Medical and sanitary report of the native army of Bengal for the year
Year: 1878
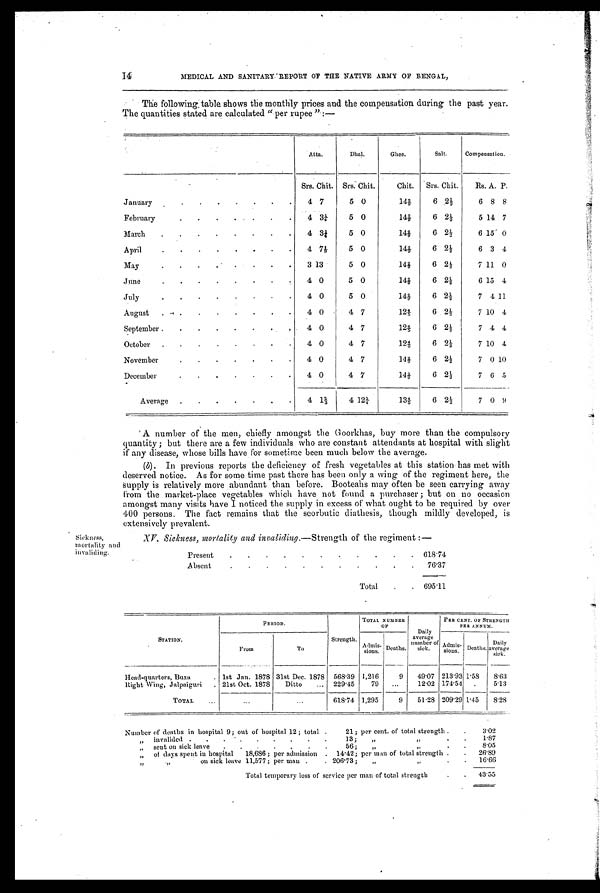
14 MEDICAL AND SANITARY REPORT OF THE NATIVE ARMY OF BENGAL,
The following table shows the monthly prices and the compensation during the past year.
The quantities stated are calculated " per rupee" :—
Atta.
Dhal.
Ghee.
Salt.
Compensation.
Srs. Chit. Srs. Chit.
Chit. Srs. Chit.
Rs. A. P.
January
.
. .
.
. .
.
4 7
5 0
142/ 9
6 2½
6 8 8
February
. .
. .
.
.
.
4 3¼
5 0
142/ 9
6 2½
5 14 7
March .
.
.
.
.
.
.
. 4 3¼
5 0
142/ 9
6 2½
6 15 0
April
.
.
.
.
. . .
. 4 71/9
5 0
142/ 9
6 2½
6 3 4
May.
. .
.
3 13
5 0
142/ 9
6 2½
7 11 0
June.
. .
.
.
. .
4 0
5 0
142/ 9
6 2½
6 15 4
July.
. . . . . .
4 0
5 0
142/ 9
6 2½
7 4 11
August . . .
.
. . . . .
4 0
4 7
124/ 5
6 2½
7 10 4
September .
.
.
.
. .
4 0
4 7
124/ 5
6 2½
7 4 4
October . .
.
. . . . .
4 0
4 7
124/ 5
6 2½
7 10 4
November
.
.
.
.
.
.
. 4 0
4 7
142/ 9
6 2½
7 0 10
December
.
.
.
.
.
.
. 4 0
4 7
142/ 9
6 2½
7 6 5
Average .
. .
.
.
. . 4 1⅔
4 12¼
134/ 5
6 2½
7 0 9
A number of the men, chiefly amongst the Goorkhas, buy more than the compulsory
quantity ; but there are a few individuals who are constant attendants at hospital with slight
if any disease, whose bills have for sometime been much below the average.
(b). In previous reports the deficiency of fresh vegetables at this station has met with
deserved notice. As for some time past there has been only a wing of the regiment here, the
supply is relatively more abundant than before. Booteahs may often be seen carrying away
from the market-place vegetables which have not found a purchaser ; but on no occasion
amongst many visits have I noticed the supply in excess of what ought to be required by over
400 persons. The fact remains that the scorbutic diathesis, though mildly developed, is
extensively prevalent.
Sickness,
mortality and
invaliding.
XV. Sickness, mortality and invaliding.— Strength of the regiment :—
Present
.
.
.
.
.
.
.
.
.
. 618.74
Absent
.
.
.
.
.
.
.
.
.
.
. 76.37
Total
.
. 695.11
STATION.
PERIOD.
Strength.
TOTAL NUMBER OF
Daily
average
number of
sick.
PER CENT. OF STRENGTH
PER ANNUM.
From
To
Admis-
sions. Deaths.
Admis-
sions. Deaths, Daily
average
sick.
Head-quarters, Buxa
. 1st Jan. 1878 31st Dec. 1878 568.39 1,216
9 49.07 213.93 1.58 8.63
Right Wing, Jalpaiguri . 21st Oct. 1878 Ditto ... 229.45 79 ...
12.02 174.54
5.13
TOTAL ...
...
...
618.74 1,295
9 51.28 209.29 1.45 8.28
Number of deaths in hospital 9; out of hospital 12; total .
21 ; per cent. of total strength . .
3.02
„
invalided . . .
. . . . . . .
13; „ „
.
1.87
„ sent on sick leave . . . . . . .
56; „
„
.
8.05
„
of days spent in hospital 18,686; per admission . 14.42; per man of total strength . . 26.89
„ „
on sick leave 11,577; per man .
. 206.73; „ „
. 16.66
Total temporary loss of service per man of total strength
. . 43.55